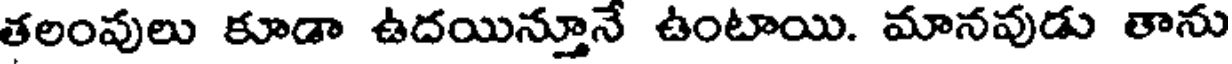
తలంవులు కూడా ఉదయిన్తూనే ఉంటాయి. మానవుడు తాను